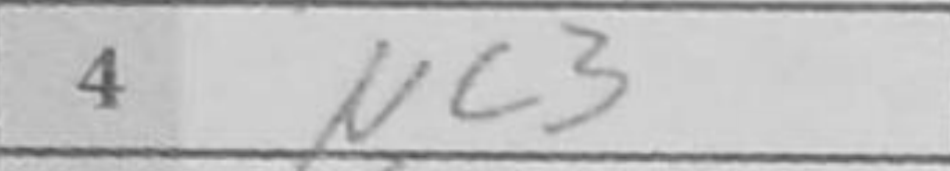
Transcription: Nc3